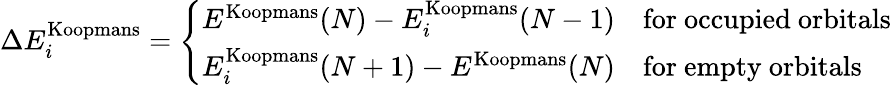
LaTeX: \Delta E_{i}^{\mathrm{Koopmans}}=\left\{ \begin{array}{ll}{E^{\mathrm{Koopmans}}(N)-E_{i}^{\mathrm{Koopmans}}(N-1)}&{\mathrm{for~occupied~orbitals}}\\ {E_{i}^{\mathrm{Koopmans}}(N+1)-E^{\mathrm{Koopmans}}(N)}&{\mathrm{for~empty~orbitals}}\end{array}\right.